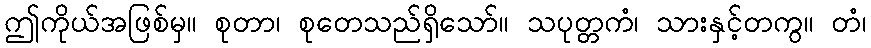
ဤကိုယ်အဖြစ်မှ။ စုတာ၊ စုတေသည်ရှိသော်။ သပုတ္တကံ၊ သားနှင့်တကွ။ တံ၊